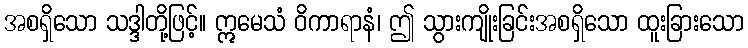
အစရှိသော သဒ္ဒါတို့ဖြင့်။ ဣမေသံ ဝိကာရာနံ၊ ဤ သွားကျိုးခြင်းအစရှိသော ထူးခြားသော